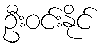
ဦးဝင်းနိုင်